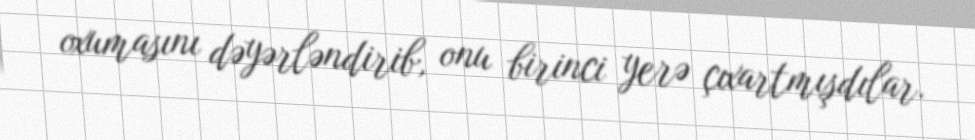
oxumasını dəyərləndirib, onu birinci yerə çıxartmışdılar.